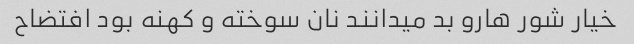
خیار شور هارو بد میدانند نان سوخته و کهنه بود افتضاح